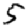
Digit: 5